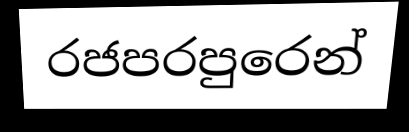
රජපරපුරෙන්